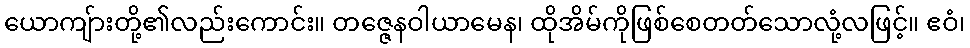
ယောကျ်ားတို့၏လည်းကောင်း။ တဇ္ဇေနဝါယာမေန၊ ထိုအိမ်ကိုဖြစ်စေတတ်သောလုံ့လဖြင့်။ ဧဝံ၊